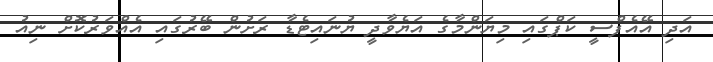
އަދި އޭއެފްސީ ކަޕްގައި މިޔަންމާގެ އަޔެވާދީ ޔުނައިޓެޑާ ރަށުން ބޭރުގައި އެއްވަރުކޮށް ނިއު